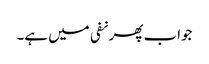
جواب پھر نفی میں ہے۔